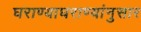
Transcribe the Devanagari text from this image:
घराण्याघराण्यांनुसार